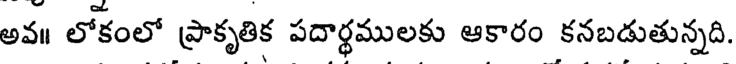
అవ॥ లోకంలో ప్రాకృతిక పదార్థములకు ఆకారం కనబడుతున్నది.